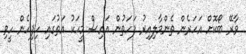
ވާރޭ ބޯކޮށް އަހަރެން ތެންމާލިއިރު ފަހަތުން އައިސް މީހަކު އަތުގައި ހިފިހެން ހީވި